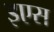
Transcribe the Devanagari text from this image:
इएस